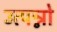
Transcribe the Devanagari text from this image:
उत्पन्नो